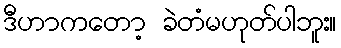
ဒီဟာကတော့ ခဲတံမဟုတ်ပါဘူး။